Vaccination in Bombay 1902-1912 - 1902-1912
Year: 1902
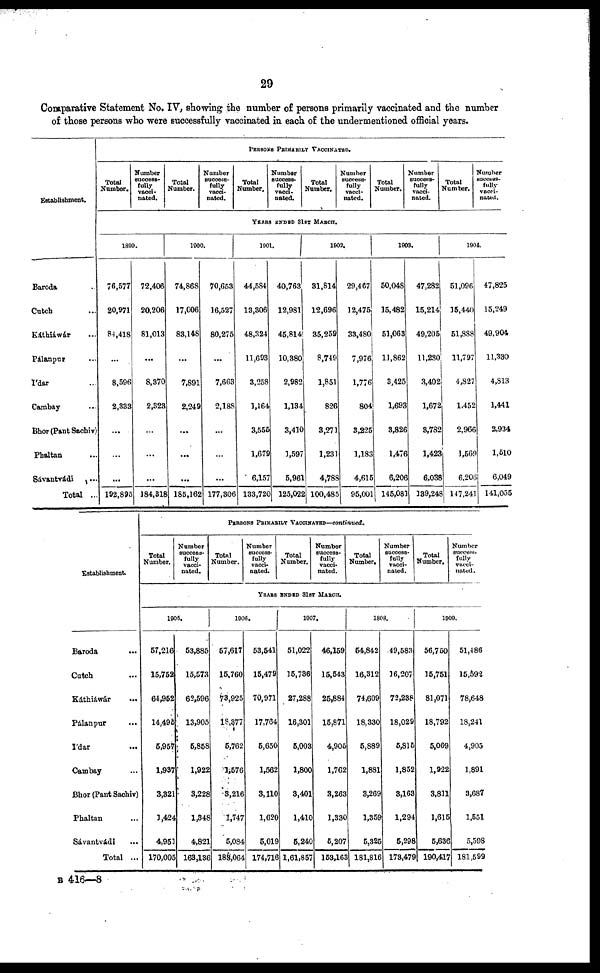
29
Comparative Statement No. IV, showing the number of persons primarily vaccinated and the number
of those persons who were successfully vaccinated in each of the undermentioned official years.
Establishment.
Baroda ...
Cutch ...
Káthiáwár ...
Pálanpur ...
Ídar ...
Cambay ...
Bhor(Pant Sachiv)
Phaltan ...
Sávantvádi ...
Total ...
PERSONS PRIMARY
VACCINATED.
Total
Number.
Number
success-
fully
vacci-
nated.
Total
Number.
Number
success-
fully
vacci-
nated.
Total
Number.
Number
success-
fully
vacci-
nated.
Total
Number.
Number
success-
fully
vacci-
nated.
Total
Number.
Number
success-
fully
vacci-
nated.
Total
Number.
Number
success-
fully
vacci-
nated.
YEARS ENDED 31 ST MARCH.
1890.
76,577
20,971
84,418
...
8,596
2,333
...
...
...
192,895
72,406
20,206
81,013
...
8,370
2,323
...
...
...
184,318
1900.
74,868
17,006
83,148
...
7,891
2,249
...
...
...
185,162
70,653
16,527
80,275
...
7,663
2,188
...
...
...
177,306
1901.
44,584
13,306
48,324
11,693
3,258
1,164
3,555
1,679
6,157
133,720
40,763
12,981
45,814
10,380
2,982
1,134
3,410
1,597
5,961
125,022
1902.
31,814
12,696
35,259
8,749
1,851
826
3,271
1,231
4,788
100,485
29,467
12,475
33,480
7,976
1,776
804
3,225
1,183
4,615
95,001
1903.
50,048
15,482
51,063
11,862
3,425
1,693
3,826
1,476
6,206
145,081
47,282
15,214
49,205
11,230
3,402
1,672
3,782
1,423
6,038
139,248
1904.
51,096
15,440
51,888
11,797
4,827
1,452
2,966
1,569
6,206
147,241
47,825
15,249
49,904
11,330
4,813
1,441
2,934
1,510
6,049
141,055
Establishment.
Baroda
...
Catch ...
Káthiáwár ...
Pálanpur
...
Ídar
...
Cambay ...
Bhor (Pant Sachiv)
Phaltan ...
Sávantvádi ...
Total ...
PERSONS PRIMARILY VACCINATED—continued.
Total
Number.
Number
success-
fully
vacci-
nated.
Total
Number.
Number
success-
fully
vacci-
nated.
Total
Number.
Number
success-
fully
vacci-
nated.
Total
Number.
Number
success-
fully
vacci-
nated.
Total
Number.
Number
success-
fully
vacci-
nated.
YEARS ENDED 31ST MARCH.
1905.
57,216
15,752
64,952
14,495
5,957
1,937
3,321
1,424
4,951
170,005
53,885
15,573
62,596
13,905
5,858
1,922
3,228
1,348
4,821
163,136
1906.
57,617
15,760
73,925
18,377
5,762
1,576
3,216
1,747
5,084
183,064
53,541
15,479
70,971
17,764
5,650
1,562
3,110
1,620
5,019
174,716
1907.
51,022
15,786
27,288
16,301
5,003
1,800
3,401
1,410
5,240
1,61,857
46,159
15,543
25,884
15,871
4,905
1,762
3,263
1,330
5,207
153,163
1808.
54,842
16,312
74,609
18,330
5,889
1,881
3,269
1,359
5,325
181,816
49,583
16,207
72,238
18,029
5,815
1,852
3,163
1,294
5,298
173,479
1909.
56,750
15,751
81,071
18,792
5,069
1,922
3,811
1,615
5,636
190,417
51,486
15,592
78,648
18,241
4,905
1,891
3,687
1,551
5,598
181,599
B 416—8